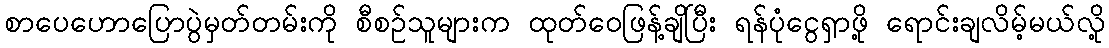
စာပေဟောပြောပွဲမှတ်တမ်းကို စီစဉ်သူများက ထုတ်ဝေဖြန့်ချိပြီး ရန်ပုံငွေရှာဖို့ ရောင်းချလိမ့်မယ်လို့